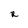
Character: R